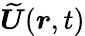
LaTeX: \widetilde{\boldsymbol{U}}(\boldsymbol{r},t)